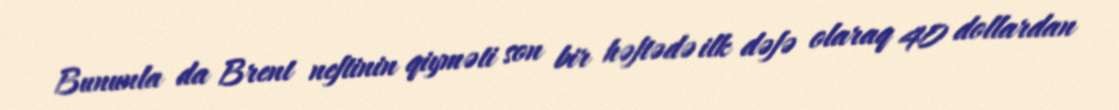
Bununla da Brent neftinin qiyməti son bir həftədə ilk dəfə olaraq 40 dollardan